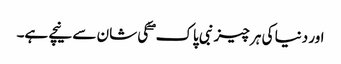
اور دنیا کی ہر چیز نبی پاک ۖ کی شان سے نیچے ہے۔